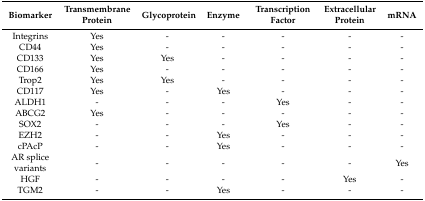
<table><thead><tr><td><b>Biomarker</b></td><td><b>Transmembrane Protein</b></td><td><b>Glycoprotein</b></td><td><b>Enzyme</b></td><td><b>Transcription Factor</b></td><td><b>Extracellular Protein</b></td><td><b>mRNA</b></td></tr></thead><tbody><tr><td>Integrins</td><td>Yes</td><td>-</td><td>-</td><td>-</td><td>-</td><td>-</td></tr><tr><td>CD44</td><td>Yes</td><td>-</td><td>-</td><td>-</td><td>-</td><td>-</td></tr><tr><td>CD133</td><td>Yes</td><td>Yes</td><td>-</td><td>-</td><td>-</td><td>-</td></tr><tr><td>CD166</td><td>Yes</td><td>-</td><td>-</td><td>-</td><td>-</td><td>-</td></tr><tr><td>Trop2</td><td>Yes</td><td>Yes</td><td>-</td><td>-</td><td>-</td><td>-</td></tr><tr><td>CD117</td><td>Yes</td><td>-</td><td>Yes</td><td>-</td><td>-</td><td>-</td></tr><tr><td>ALDH1</td><td>-</td><td>-</td><td>-</td><td>Yes</td><td>-</td><td>-</td></tr><tr><td>ABCG2</td><td>Yes</td><td>-</td><td>-</td><td>-</td><td>-</td><td>-</td></tr><tr><td>SOX2</td><td>-</td><td>-</td><td>-</td><td>Yes</td><td>-</td><td>-</td></tr><tr><td>EZH2</td><td>-</td><td>-</td><td>Yes</td><td>-</td><td>-</td><td>-</td></tr><tr><td>cPAcP</td><td>-</td><td>-</td><td>Yes</td><td>-</td><td>-</td><td>-</td></tr><tr><td>AR splice variants</td><td>-</td><td>-</td><td>-</td><td>-</td><td>-</td><td>Yes</td></tr><tr><td>HGF</td><td>-</td><td>-</td><td>-</td><td>-</td><td>Yes</td><td>-</td></tr><tr><td>TGM2</td><td>-</td><td>-</td><td>Yes</td><td>-</td><td>-</td><td>-</td></tr></tbody></table>